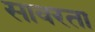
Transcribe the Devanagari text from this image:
सावरता